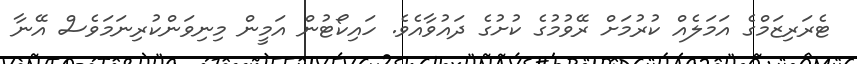
ޓެރަރިޒަމްގެ އަމަލެއް ކުރުމަށް ރޭވުމުގެ ކުށުގެ ދައުވާއެވެ. ހައިކޯޓުން އަމީން މިނިވަންކުރިނަމަވެސް އޭނާ